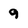
Character: 9